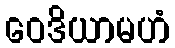
ဝေဒိယာမဟံ